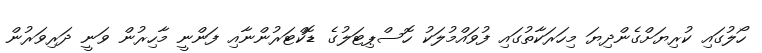
ހޯލުގައި ކުރިޔަށްގެންދިޔަ މިހަރަކާތުގައި ފުވައްމުލަކު ހޮސްޕިޓަލުގެ ޑޮކްޓަރުންނާއި ފަންނީ މާހިރުން ވަނީ ދަރިވަރުން